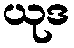
ယုဒ